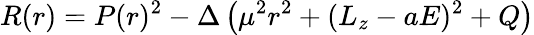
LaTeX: R(r)=P(r)^{2}-\Delta\left(\mu^{2}r^{2}+(L_{z}-aE)^{2}+Q\right)